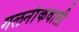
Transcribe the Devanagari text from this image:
गलनांकवाली